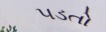
૫ડતો